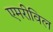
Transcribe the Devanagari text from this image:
एमरीविल